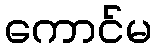
ကောင်မ